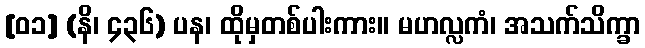
[၀၁] (နိ၊ ၄၃၆) ပန၊ ထိုမှတစ်ပါးကား။ မဟလ္လကံ၊ အသက်သိက္ခာ